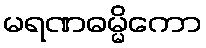
မရဏဓမ္မိကော